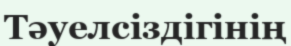
Тәуелсіздігінің